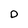
Character: D